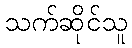
သက်ဆိုင်သူ